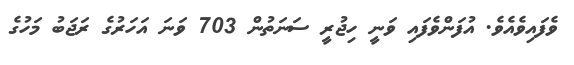
ވެފައިވެއެވެ. އުފަންވެފައި ވަނީ ހިޖުރީ ސަނަތުން 703 ވަނަ އަހަރުގެ ރަޖަބު މަހުގެ